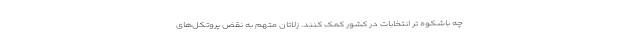
چه باشکوه تر انتخابات در کشور کمک کنند. زلاتان متهم به نقض پروتکل‌های